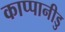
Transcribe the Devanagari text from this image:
काप्पानीडु